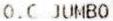
O.C JUMBO